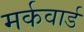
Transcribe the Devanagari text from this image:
मर्कवार्ड